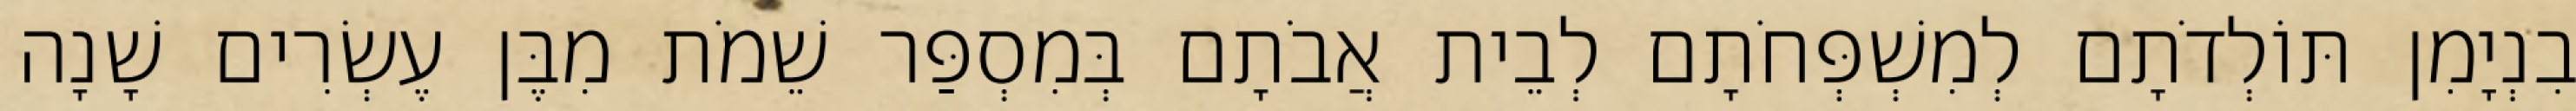
בִנְיָמִן תּוֹלְדֹתָם לְמִשְׁפְּחֹתָם לְבֵית אֲבֹתָם בְּמִסְפַּר שֵׁמֹת מִבֶּן עֶשְׂרִים שָׁנָה